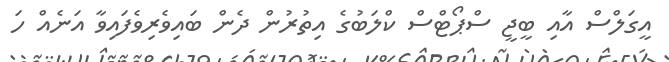
އީގަލްސް އާއި ބީޖީ ސްޕޯޓްސް ކްލަބުގެ އިތުރުން ދެން ބައިވެރިވެފައިވާ އަނެއް ހަ